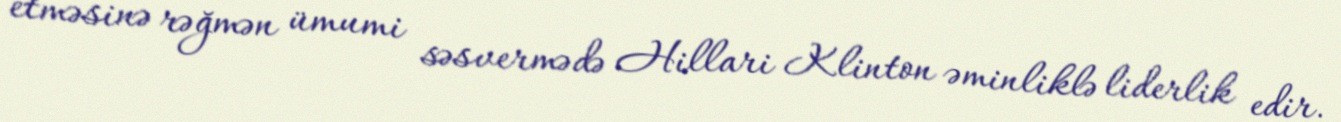
etməsinə rəğmən ümumi səsvermədə Hillari Klinton əminliklə liderlik edir.